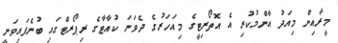
މީރާއިން މިއަދު އާންމުކުރި އެ އޮތޯރިޓީގެ މިއަހަރުގެ ދެވަނަ ކުއާޓާގެ ރިޕޯރޓްގައި ބުނެފައިވަނީ